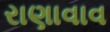
રાણાવાવ